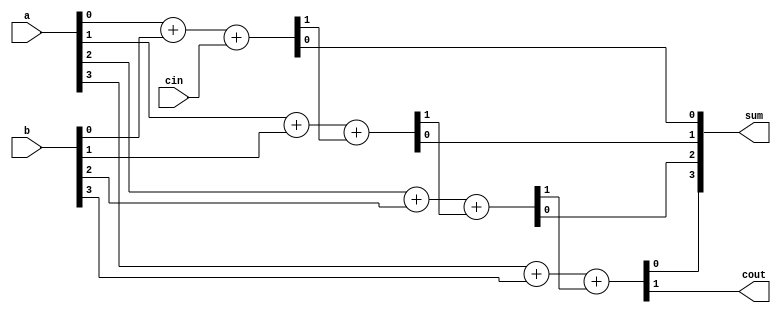
module ripple_carry_adder(
    input [3:0] a,
    input [3:0] b,
    input cin,
    output [3:0] sum,
    output cout
);

wire [3:0] c;

assign {c[0], sum[0]} = a[0] + b[0] + cin;
assign {c[1], sum[1]} = a[1] + b[1] + c[0];
assign {c[2], sum[2]} = a[2] + b[2] + c[1];
assign {c[3], sum[3]} = a[3] + b[3] + c[2];

assign cout = c[3];

endmodule